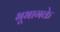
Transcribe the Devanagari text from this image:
भूभागके